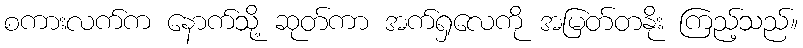
စကားလက်က နောက်သို့ ဆုတ်ကာ အက်ရှလေကို အမြတ်တနိုး ကြည့်သည်။